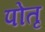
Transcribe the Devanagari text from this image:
पोतृ